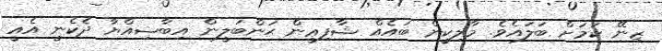
ޒިނޭ ކަމަށް ބަލައެވެ. މާލިކީން ބައެއް ޝާފިޢީން ޙަންބަލީން އިބާޟިއްޔާ ދެކެނީ އެއީ